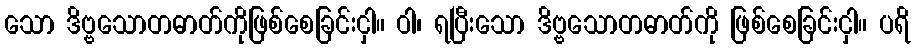
သော ဒိဗ္ဗသောတဓာတ်ကိုဖြစ်စေခြင်းငှါ။ ဝါ၊ ရပြီးသော ဒိဗ္ဗသောတဓာတ်ကို ဖြစ်စေခြင်းငှါ။ ပရိ